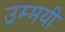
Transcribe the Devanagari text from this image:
उम्मयी